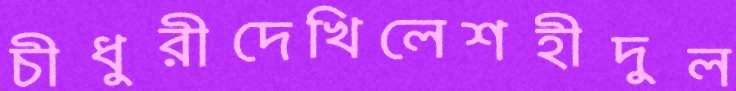
চীধুরীদেখিলেশহীদুল